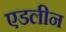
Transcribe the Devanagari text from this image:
एडलीन